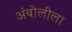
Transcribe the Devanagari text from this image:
अंबोलीला